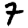
Digit: 8